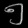
Digit: ၅